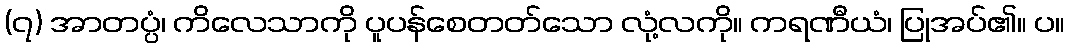
(၇) အာတပ္ပံ၊ ကိလေသာကို ပူပန်စေတတ်သော လုံ့လကို။ ကရဏီယံ၊ ပြုအပ်၏။ ပ။